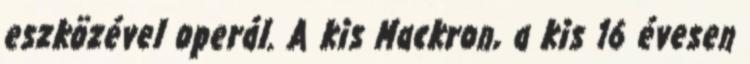
eszközével operál. A kis Mackron, a kis 16 évesen